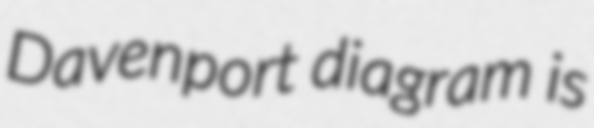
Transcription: Davenport diagram is